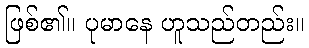
ဖြစ်၏။ ပုမာနေ ဟူသည်တည်း။